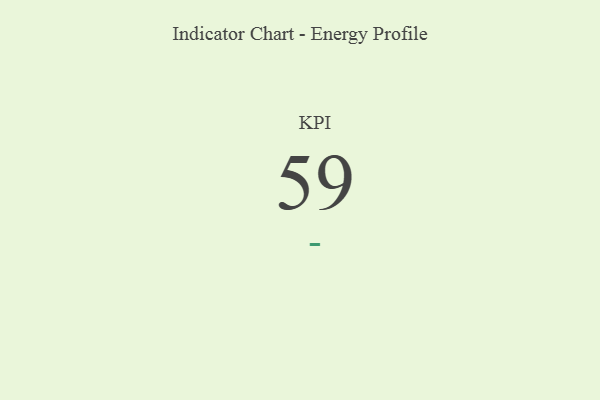
{"axis": {"x": "KPI", "y": "Value"}, "legend": [""], "data": [{"x": "KPI", "y": 59, "type": ""}]}